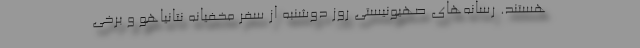
هستند. رسانه‌های صهیونیستی روز دوشنبه از سفر مخفیانه نتانیاهو و برخی